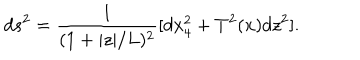
LaTeX: d s ^ { 2 } = \frac { 1 } { ( 1 + | z | / L ) ^ { 2 } } [ d x _ { 4 } ^ { 2 } + T ^ { 2 } ( x ) d z ^ { 2 } ] .